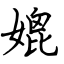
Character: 媲